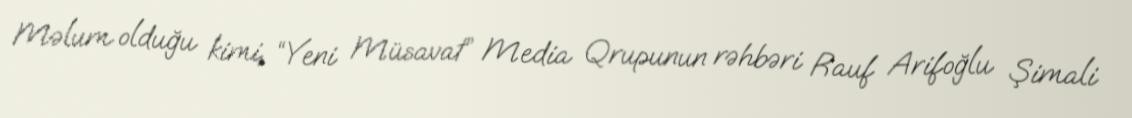
Məlum olduğu kimi, “Yeni Müsavat” Media Qrupunun rəhbəri Rauf Arifoğlu Şimali